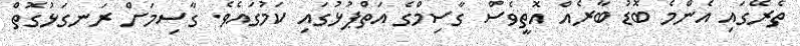
ތެރޭގައި އެންމެ ބޮޑު ބާރެއް އޮތީވެސް ގާސިމްގެ އަތްޕުޅުގައި ކަމުގައެވެ. ގާސިމަށް ރަނގަޅުގޮތް